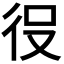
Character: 𭛠